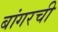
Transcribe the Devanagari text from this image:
बांगरची